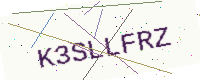
Text: K3SLLFRZ